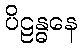
ပိဠန္ဓနေ